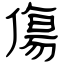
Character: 傷